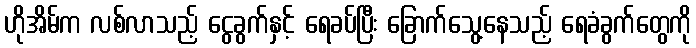
ဟိုအိမ်က လစ်လာသည့် ငွေခွက်နှင့် ရေခပ်ပြီး ခြောက်သွေ့နေသည့် ရေခံခွက်တွေကို